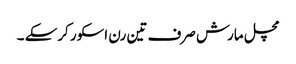
مچل مارش صرف تین رن اسکور کرسکے ۔